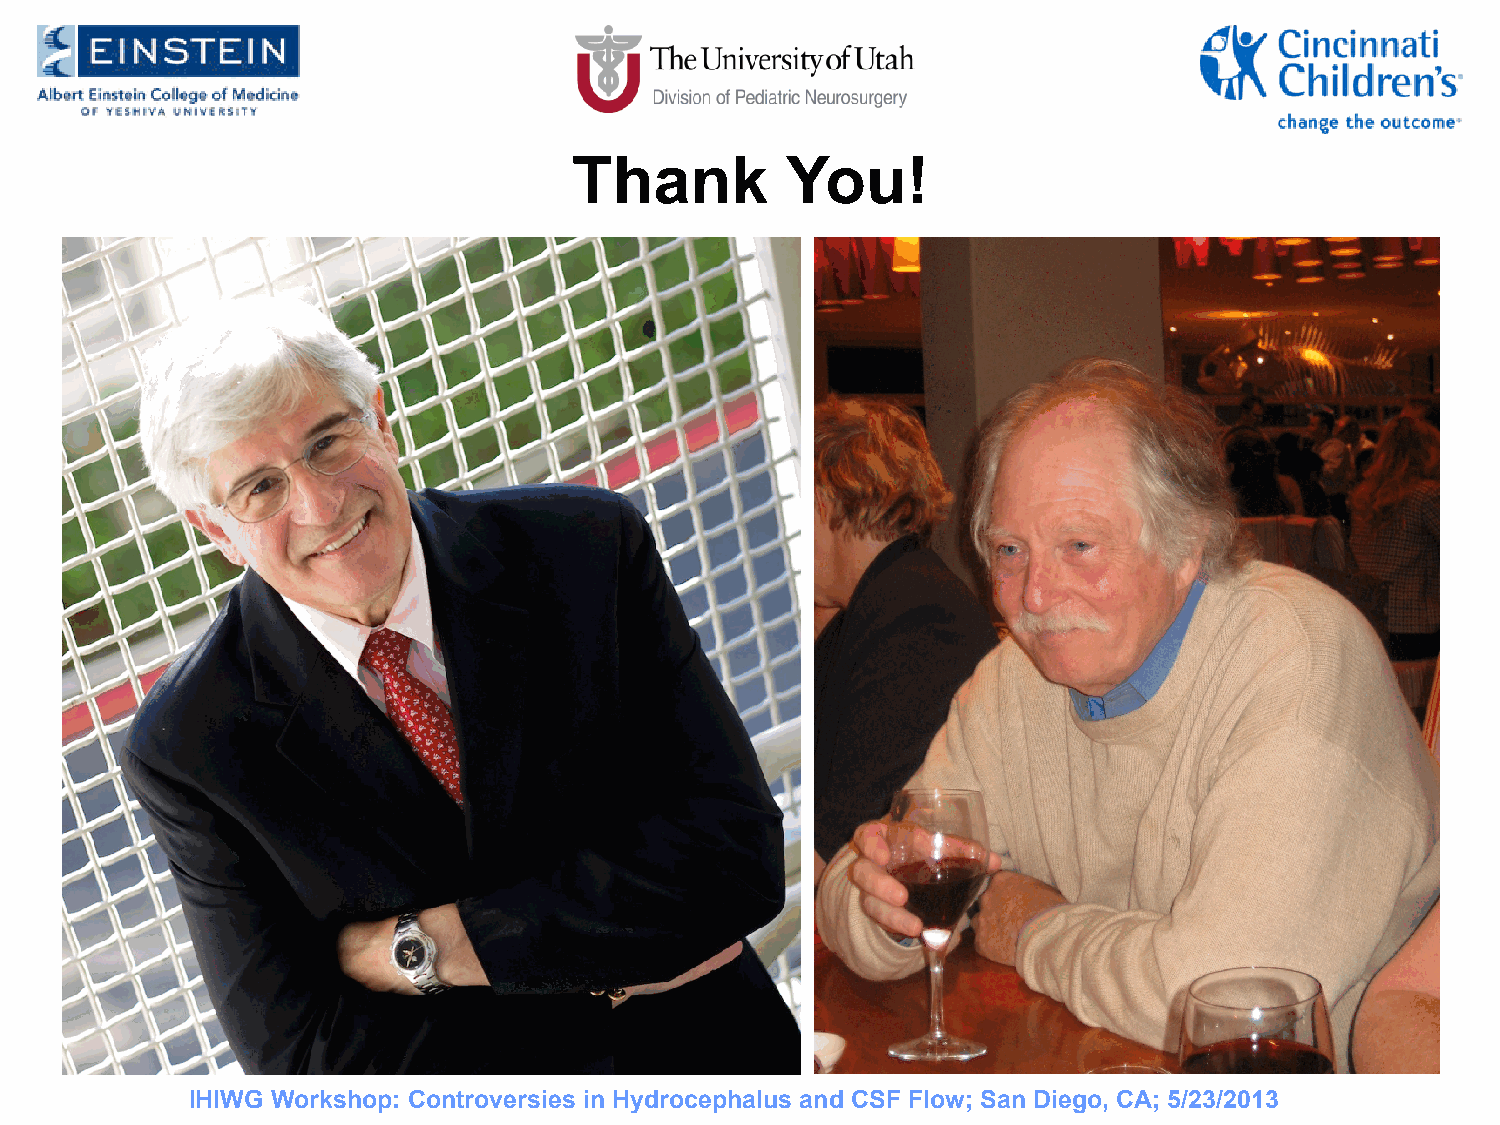
Thank         You!
 IHIWG Workshop: Controversies in Hydrocephalus and CSF Flow; San Diego, CA; 5/23/2013